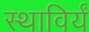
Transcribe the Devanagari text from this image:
स्थाविर्यं